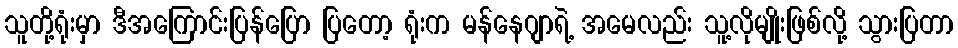
သူတို့ရုံးမှာ ဒီအကြောင်းပြန်ပြော ပြတော့ ရုံးက မန်နေဂျာရဲ့ အမေလည်း သူ့လိုမျိုးဖြစ်လို့ သွားပြတာ